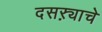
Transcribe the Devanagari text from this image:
दसऱ्याचे